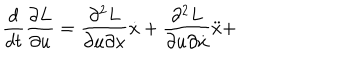
\frac { d } { d t } \frac { \partial L } { \partial u } = \frac { \partial ^ { 2 } L } { \partial u \partial x } \dot { x } + \frac { \partial ^ { 2 } L } { \partial u \partial \dot { x } } \ddot { x } +